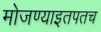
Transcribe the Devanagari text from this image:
मोजण्याइतपतच